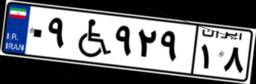
۰۹W۹۲۹۱۸